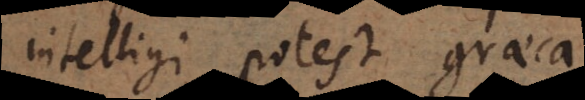
intelligi potest graeca